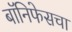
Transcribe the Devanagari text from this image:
बॉनिफेसचा